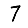
Digit: 7